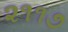
૨૧૧૭